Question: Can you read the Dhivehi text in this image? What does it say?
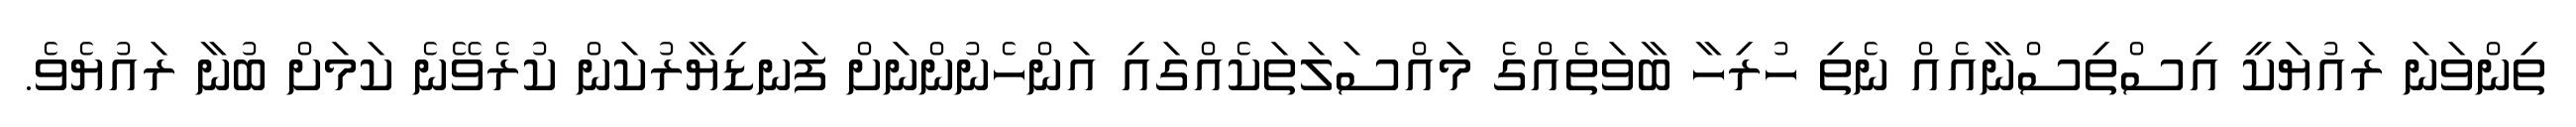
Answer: ތިންވަނަ ރައުޔަކީ އިސްތިސްނާއެއް ނެތި ހުރިހާ ބާވަތެއްގެ މައްސަލަތަކެއްގައި އަންހެނުންނަށް ފަނޑިޔާރުކަން ކުރެވޭނެ ކަމަށް ބުނާ ރައުޔެވެ.